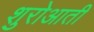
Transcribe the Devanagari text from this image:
शुरोआती